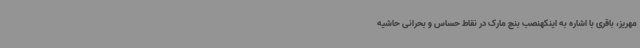
مهریز، باقری با اشاره به اینکهنصب بنچ مارک در نقاط حساس و بحرانی حاشیه